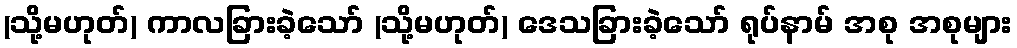
(သို့မဟုတ်) ကာလခြားခဲ့သော် (သို့မဟုတ်) ဒေသခြားခဲ့သော် ရုပ်နာမ် အစု အစုများ